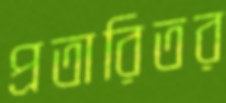
প্রতারিতর